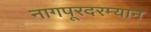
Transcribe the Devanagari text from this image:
नागपूरदरम्यान